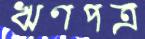
ঋণপত্র